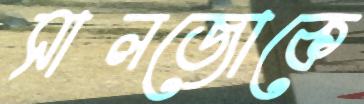
সালজোকে